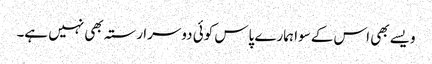
ویسے بھی اس کے سوا ہمارے پاس کوئی دوسرا رستہ بھی نہیں ہے۔